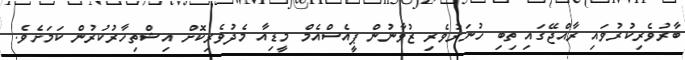
ބާރުވެރިކުރުވައި ރާއްޖޭގައި ތިބި ހުނަރުވެރި ޒުވާނުން ޕީއެސްއެމް މީޑިއާ މެދުވެރިކޮށް އިޝްތިހާރުކުރުން ކަމަށެވެ.